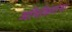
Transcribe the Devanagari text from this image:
अशिक्षितांना